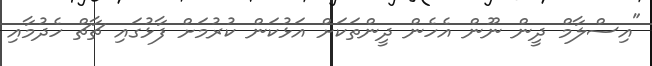
"އިސްލާމް ދީން ނޫން އެހެން ދީންތަކަށް އަޅުކަން ކުރުމަށް ފާޅުގައި ޗާޗް ހެދުމާއި